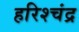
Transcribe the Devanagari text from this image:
हरिश्‍चंद्र